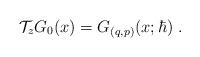
LaTeX: \begin{align*}\mathcal{T}_zG_0(x)=G_{(q,p)}(x;\hbar) \ .\end{align*}